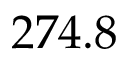
2 7 4 . 8